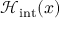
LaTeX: \; { \mathcal { H } } _ { \mathrm { { i n t } } } ( x )